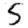
Digit: 5